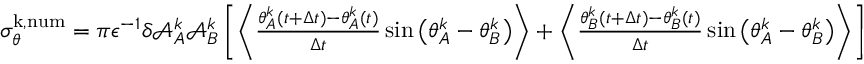
\begin{array} { r } { \sigma _ { \theta } ^ { \mathrm { k , n u m } } = { \pi } \epsilon ^ { - 1 } \delta \mathcal { A } _ { A } ^ { k } \mathcal { A } _ { B } ^ { k } \left[ \left\langle \frac { \theta _ { A } ^ { k } ( t + \Delta t ) - \theta _ { A } ^ { k } ( t ) } { \Delta t } \sin \big ( \theta _ { A } ^ { k } - \theta _ { B } ^ { k } \big ) \right\rangle + \left\langle \frac { \theta _ { B } ^ { k } ( t + \Delta t ) - \theta _ { B } ^ { k } ( t ) } { \Delta t } \sin \big ( \theta _ { A } ^ { k } - \theta _ { B } ^ { k } \big ) \right\rangle \right] } \end{array}